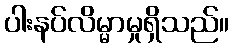
ပါးနပ်လိမ္မာမှုရှိသည်။